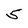
Character: 5